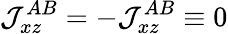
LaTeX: \mathcal{J}_{xz}^{AB}=-\mathcal{J}_{xz}^{AB}\equiv 0